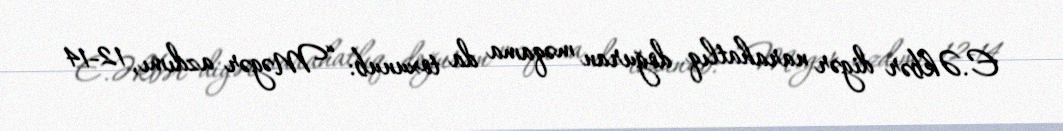
E.Əkbər digər narahatlıq doğuran məqama da toxunub: “Məgər azdımı, 12-14